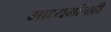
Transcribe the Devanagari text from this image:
माध्यमांचाही